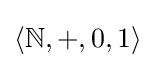
\langle \mathbb {N} ,+,0,1\rangle